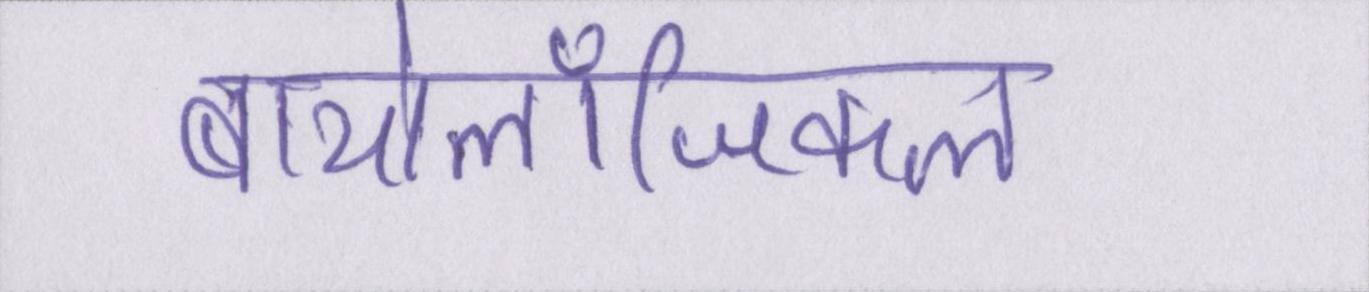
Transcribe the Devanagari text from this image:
बायोलॉजिकल